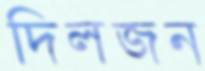
দিলজন